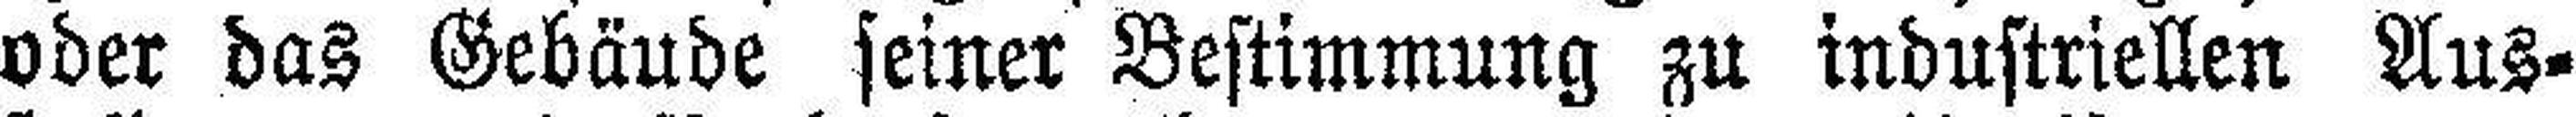
oder das Gebäude seiner Bestimmung zu industriellen Aus¬